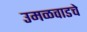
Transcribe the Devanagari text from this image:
उमळवाडचे